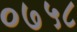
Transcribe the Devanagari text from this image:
०७५८